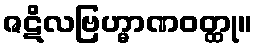
ဇဋိလဗြဟ္မာဏဝတ္ထု။